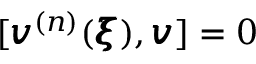
[ { \pmb v } ^ { ( n ) } ( { \pmb \xi } ) , { \pmb v } ] = 0